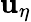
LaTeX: \mathbf{u}_{\eta}